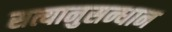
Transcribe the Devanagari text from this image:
सत्यानुसन्धान